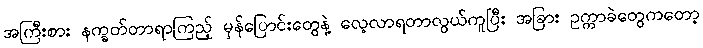
အကြီးစား နက္ခတ်တာရာကြည့် မှန်ပြောင်းတွေနဲ့ လေ့လာရတာလွယ်ကူပြီး အခြား ဥက္ကာခဲတွေကတော့